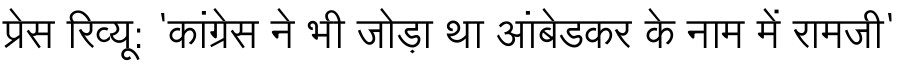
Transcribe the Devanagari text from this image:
प्रेस रिव्यू: 'कांग्रेस ने भी जोड़ा था आंबेडकर के नाम में रामजी'